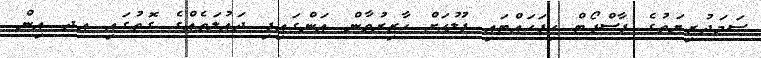
ސަމަދުޒިޔަތުގެ ޕާސްޕޯޓް ހިފަހައްޓައި ފުލުހަށް ހާޒިރުވާން އަންގައިފި ދައުލަތެއްގެ ގޮތުގައި އދ އިން